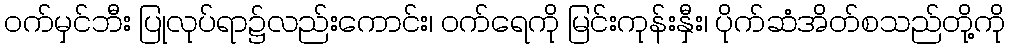
ဝက်မှင်ဘီး ပြုလုပ်ရာ၌လည်းကောင်း၊ ဝက်ရေကို မြင်းကုန်းနှီး၊ ပိုက်ဆံအိတ်စသည်တို့ကို